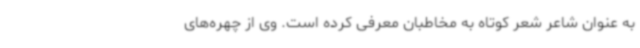
به عنوان شاعر شعر کوتاه به مخاطبان معرفی کرده است. وی از چهره‌های